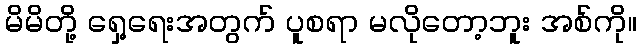
မိမိတို့ ရှေ့ရေးအတွက် ပူစရာ မလိုတော့ဘူး အစ်ကို။